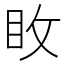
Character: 𭾢